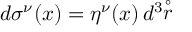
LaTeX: d \sigma ^ { \nu } ( x ) = \eta ^ { \nu } ( x ) \, d ^ { 3 } \! \! \stackrel { \circ } { r }